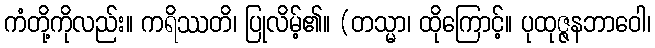
ကံတို့ကိုလည်း။ ကရိဿတိ၊ ပြုလိမ့်၏။ (တသ္မာ၊ ထိုကြောင့်။ ပုထုဇ္ဇနဘာဝေါ၊